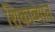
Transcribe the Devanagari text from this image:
शिकाव्यात